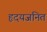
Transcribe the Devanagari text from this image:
हृदयजनित